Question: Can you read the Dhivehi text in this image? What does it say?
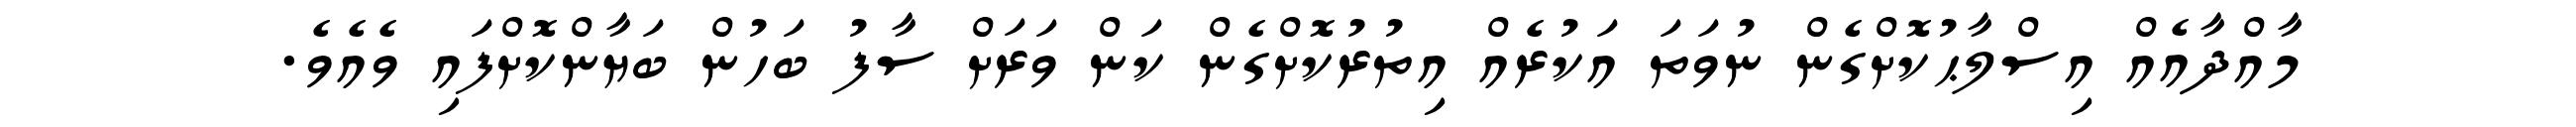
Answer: މާއްދާއެއް އިސްލާޙުކޮށްގެން ނުވަތަ އަކުރެއް އިތުރުކޮށްގެން ކަން ވަރަށް ސާފު ބަހުން ބަޔާންކޮށްފައި ވެއެވެ.